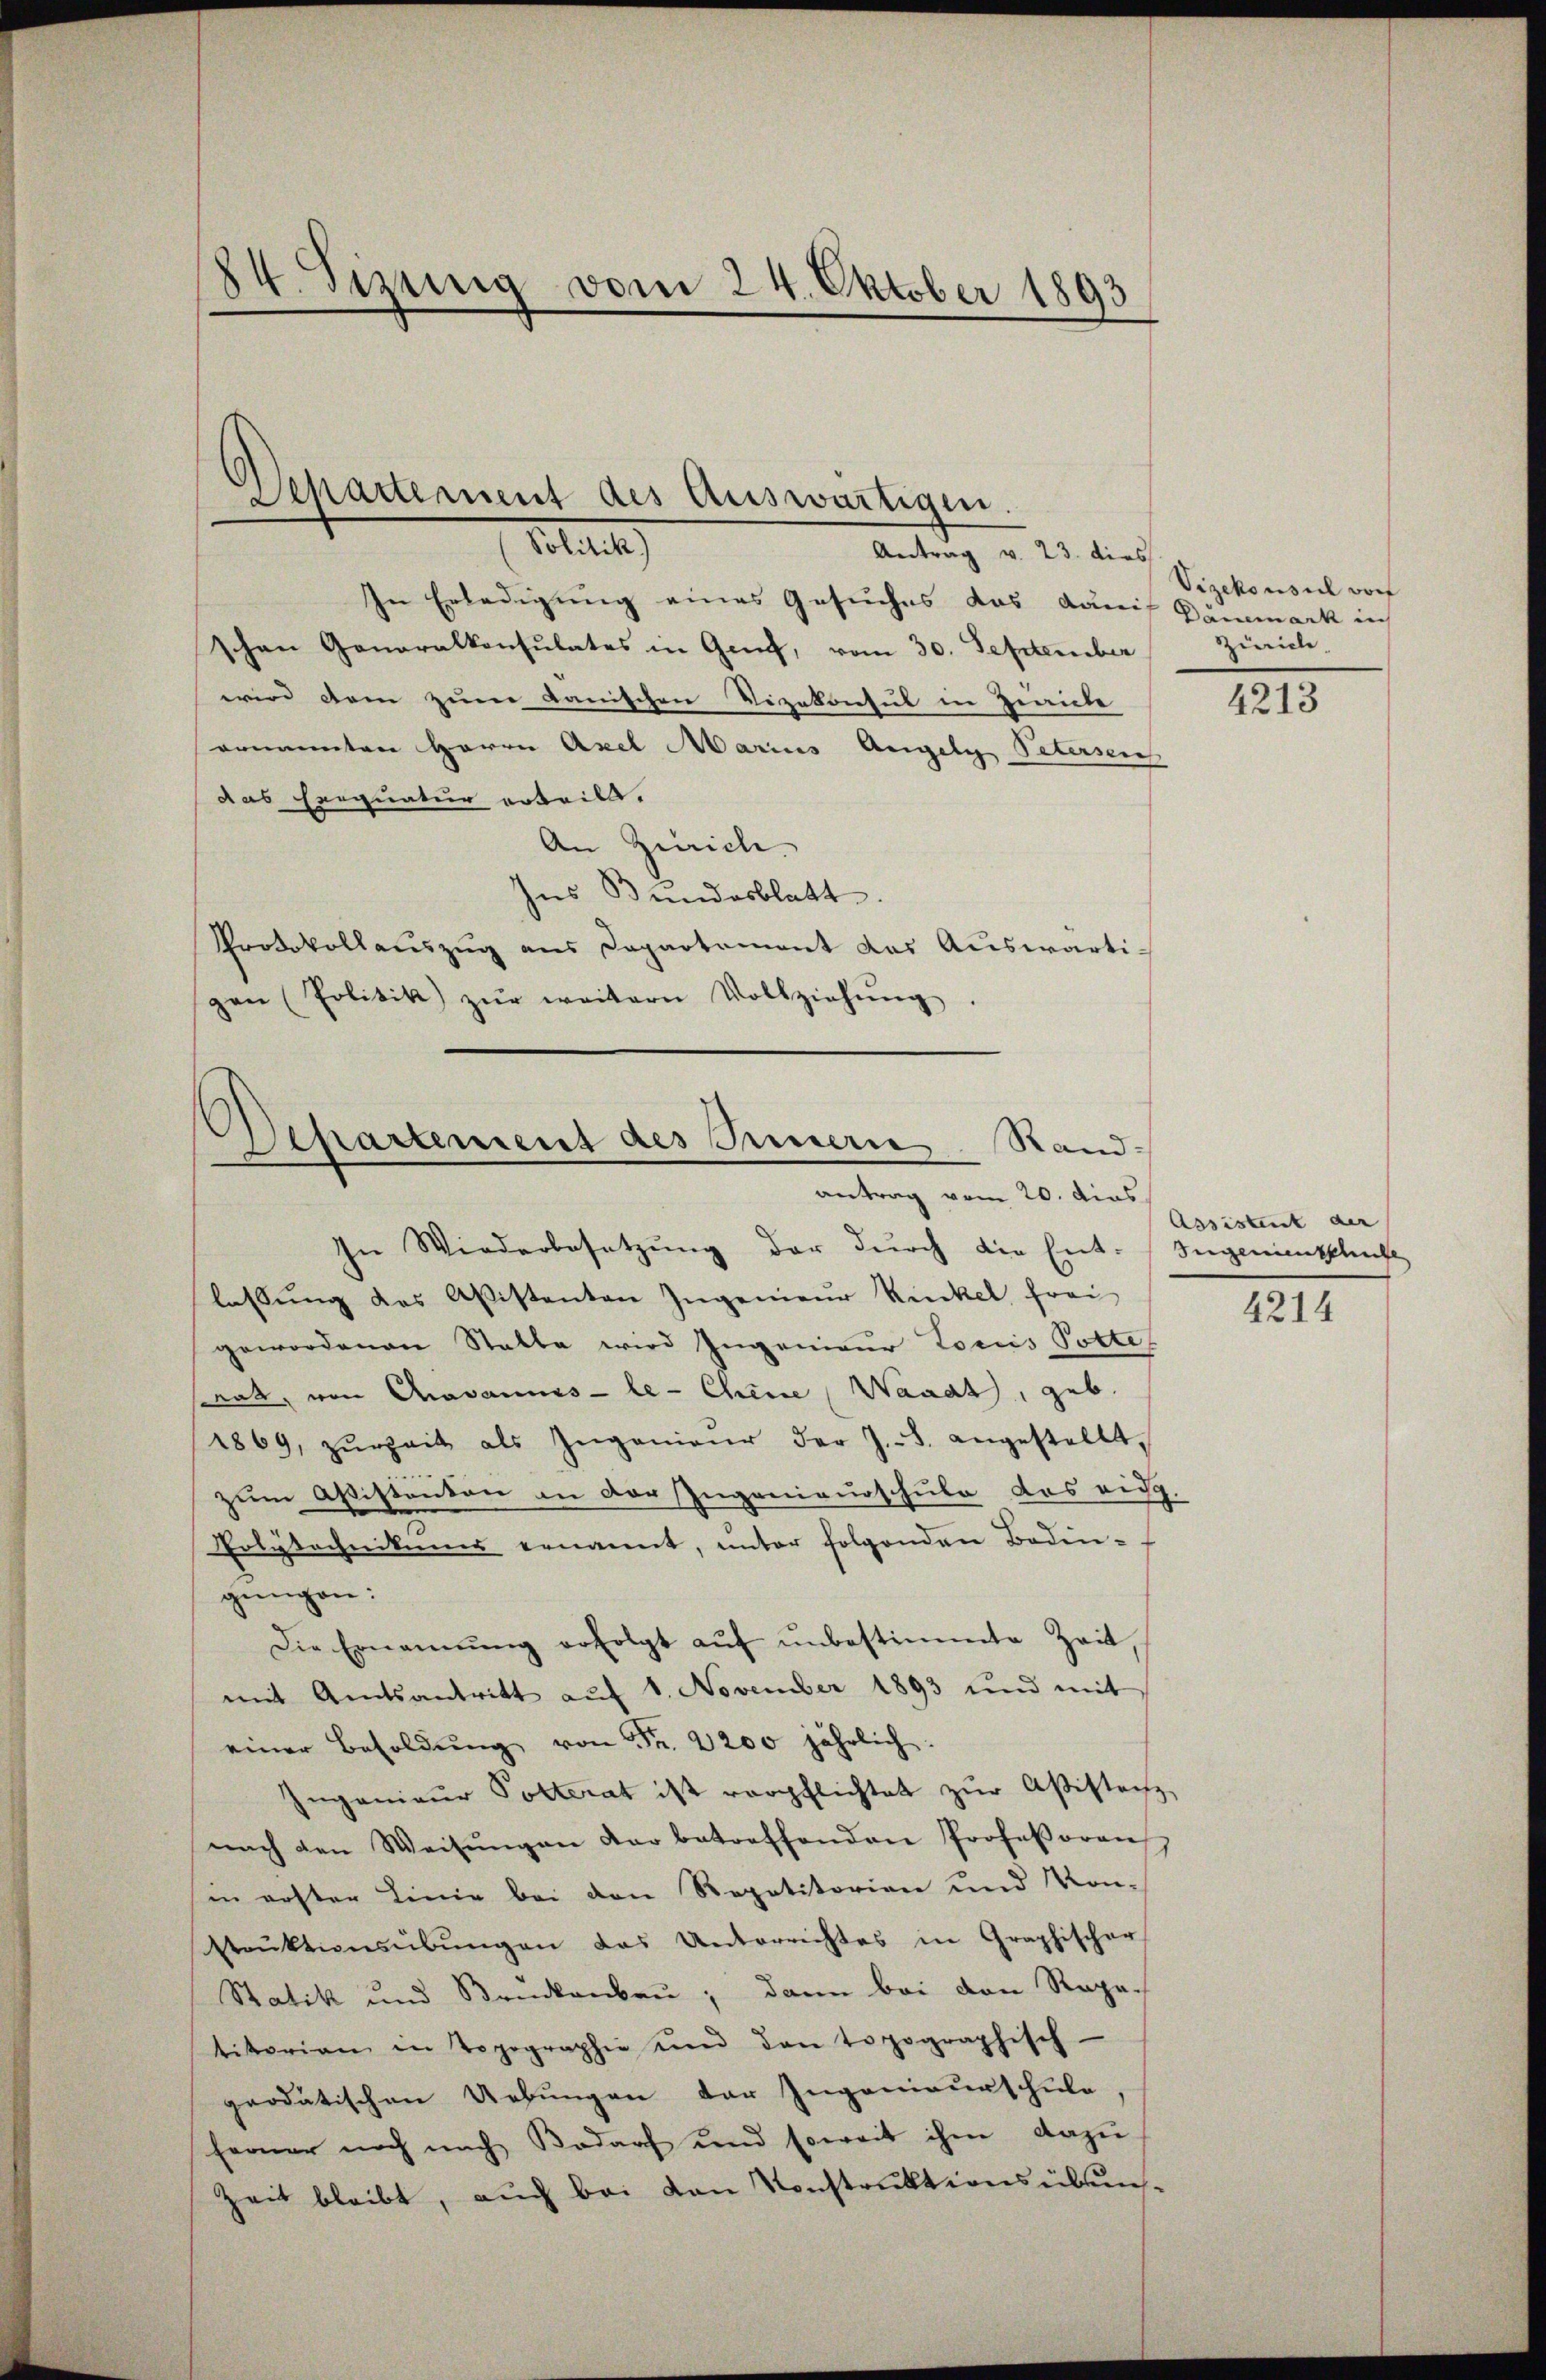
84. Sizung vom 24. Oktober 1893

Separtement des Auswärtigen.
Hotel

Antrag v. 23. dies
In Erledigung eines Gesuches das daris Dämmark in
schen Generalkonsulates in Genf, vom 30. September
wird dem zum Lanischen Vizekonsul in Zürich
ernannten Herrn Axel Marius Angel Patersens
das Exequatur erteilt.
An Zürich.
Ins Bundesblatt.
Protokollauszug aus Departement das Auswärtigen (Politik zŭr weitern Vollziehŭng.

Departement des Innern Rand-
antrag vom 20. dies
In Wiederbesetzung der durch die Ent-Ingenientschube

lassung des Aßistenten Ingenieur Rückel frei
gewordenen Statte wird Ingenieur tociis Potte
srat, von Casannes-le- Chine , Waadt, geb.
1869, zŭrzeit als Ingenieur der J. J. angestellt,
zum Aßistanton an der Ingenieurschule das eidg.
Eolytechnikums ernannt, unter folgenden Baden-
gungen:
Die Ernannŭng erfolgt aŭf ŭnbestimmte Zeit
mit Amtsantritt auf 1. November 1893 und mit
einer Besoldŭng von Fr. 2200 jährlich:
Ingenieur Potterat ist verpflichtet zur Aßistenz,
nach den Weisŭngen dar betreffenden Professoren
in erster Linie bei den Repetitorien und Kon-
strŭktionsübŭngen das Unterrichtes in Graphischer
Statik und Brückenbau; dann bei den Repa-
titorian in Topographie und den topographisch-
geodatischen Uebungen der Ingenieurschule,
ferner noch nach Bedarf und soweit ihm dazu
Zeit bleibt, auch bei von Konstruktionsübun¬

Vicekonsich vorf
Zürich.

4213

Assistent der
4214